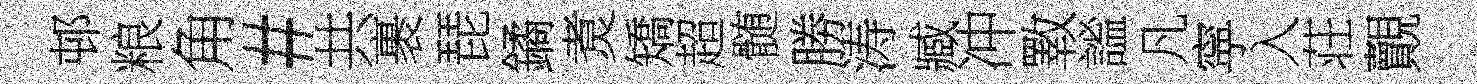
邨粮角#共裹琵鐍煑矯超髄勝涛臧冲斁謐凡寜入荘覿